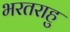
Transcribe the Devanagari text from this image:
भरतराहु